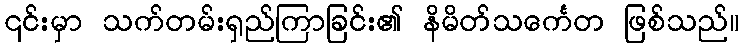
၎င်းမှာ သက်တမ်းရှည်ကြာခြင်း၏ နိမိတ်သင်္ကေတ ဖြစ်သည်။